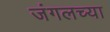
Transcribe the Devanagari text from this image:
जंगलच्या